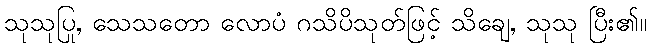
သုသုပြု, သေသတော လောပံ ဂသိပိသုတ်ဖြင့် သိချေ, သုသု ပြီး၏။